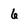
Character: 6